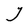
Character: J